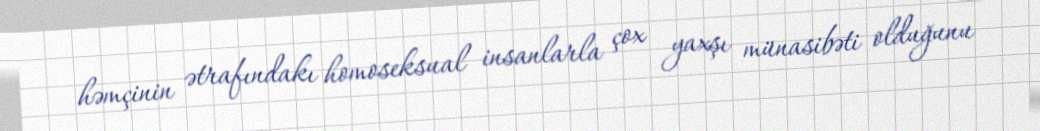
həmçinin ətrafındakı homoseksual insanlarla çox yaxşı münasibəti olduğunu